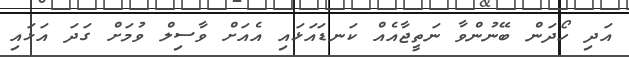
އަދި ހޯދަން ބޭނުންވާ ނަތީޖާއެއް ކަނޑައަޅައި އެއަށް ވާސިލް ވުމަށް ގަދަ އަޅައި